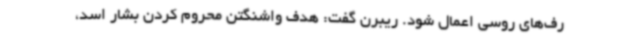
رف‌های روسی اعمال شود. ریبرن گفت: هدف واشنگتن محروم کردن بشار اسد،